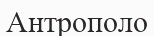
Антрополо